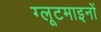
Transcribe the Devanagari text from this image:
ग्लूटमाइनों